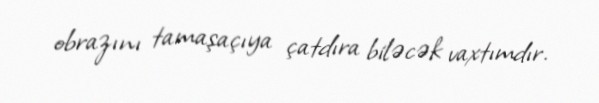
obrazını tamaşaçıya çatdıra biləcək vaxtımdır.